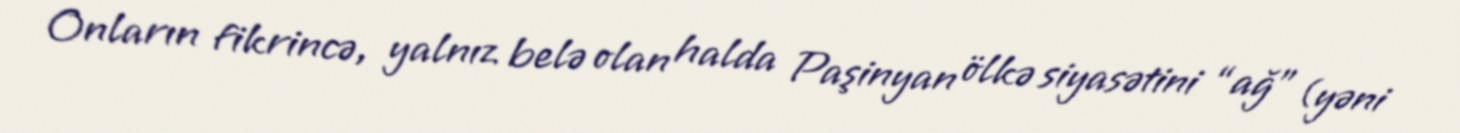
Onların fikrincə, yalnız belə olan halda Paşinyan ölkə siyasətini “ağ” (yəni